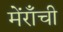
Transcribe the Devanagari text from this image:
मेंराँची